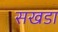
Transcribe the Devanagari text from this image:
सखडा